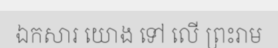
ឯកសារ យោង ទៅ លើ ព្រះរាម